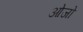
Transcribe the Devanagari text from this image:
ओजो